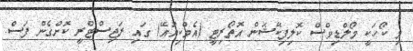
މި ކޯހަކީ މޯލްޑިވްސް ކޮލިފިކޭޝަން އޮތޯރިޓީ (އެމްކިއުއޭ) ގައި ރަޖިސްޓްރީ ކޮށްގެން ފަސް